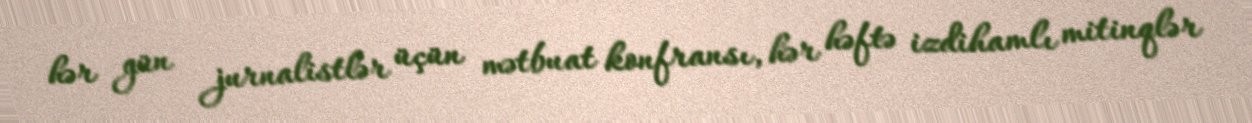
hər gün jurnalistlər üçün mətbuat konfransı, hər həftə izdihamlı mitinqlər